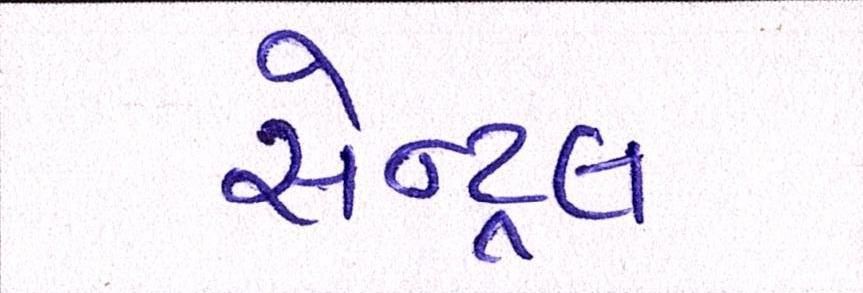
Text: સેન્ટ્રલ